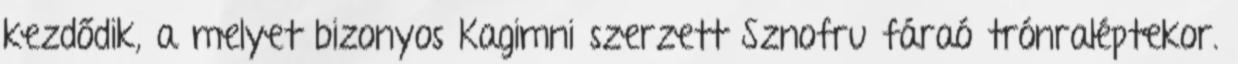
kezdődik, a melyet bizonyos Kagimni szerzett Sznofru fáraó trónraléptekor.